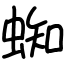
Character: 蜘